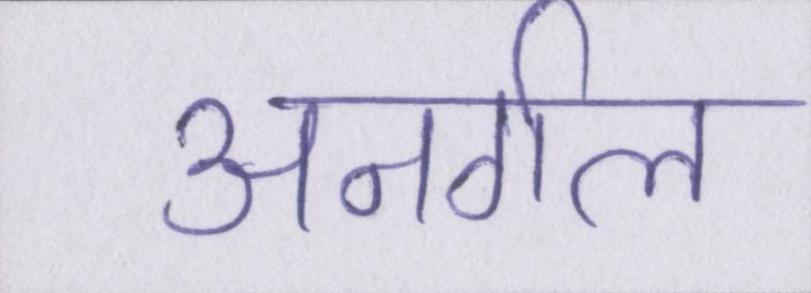
अनर्गल